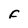
Character: F